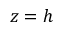
z = h